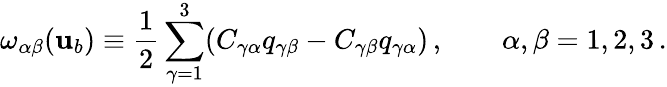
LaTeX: \omega_{\alpha\beta}({\mathbf{u}}_{b})\equiv\frac{1}{2}\sum_{\gamma=1}^{3}(C_{\gamma\alpha}q_{\gamma\beta}-C_{\gamma\beta}q_{\gamma\alpha})\, ,\qquad\alpha,\beta=1,2,3\, .